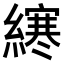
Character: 𫟂